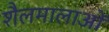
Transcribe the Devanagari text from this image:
शैलमालाओं